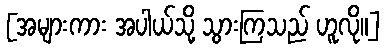
[အများကား အပါယ်သို့ သွားကြသည် ဟူလို။]